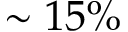
\sim 1 5 \%